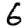
Digit: 6